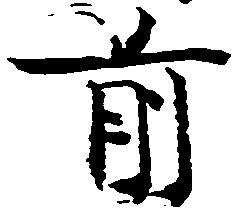
前